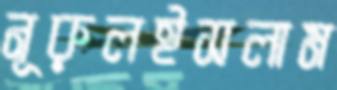
নূরুলইসলাম